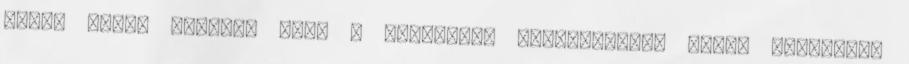
képes lehet lekötni egy, a sminkelés csínja-bínja iránt érdeklődő